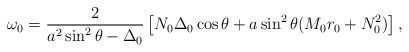
\begin{align*}\omega_0=\frac{2}{a^2\sin^2\theta-\Delta_0}\left[N_0\Delta_0\cos\theta+a\sin^2\theta (M_0r_0+N_0^2)\right],\end{align*}